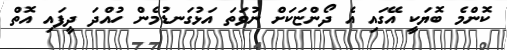
ކޮންމެ ބޮޔަކީ އޭގައި އެ ދޯންޏަކަށް ނުވަތަ އަޅުގަނޑުމެން ހުއްދަ ދީފައި އޮތް